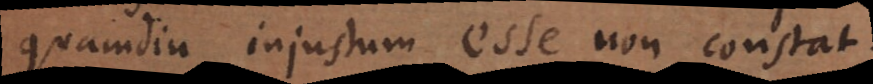
quamdiu injustum esse non const